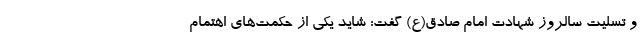
و تسلیت سالروز شهادت امام صادق(ع) گفت: شاید یکی از حکمت‌های اهتمام